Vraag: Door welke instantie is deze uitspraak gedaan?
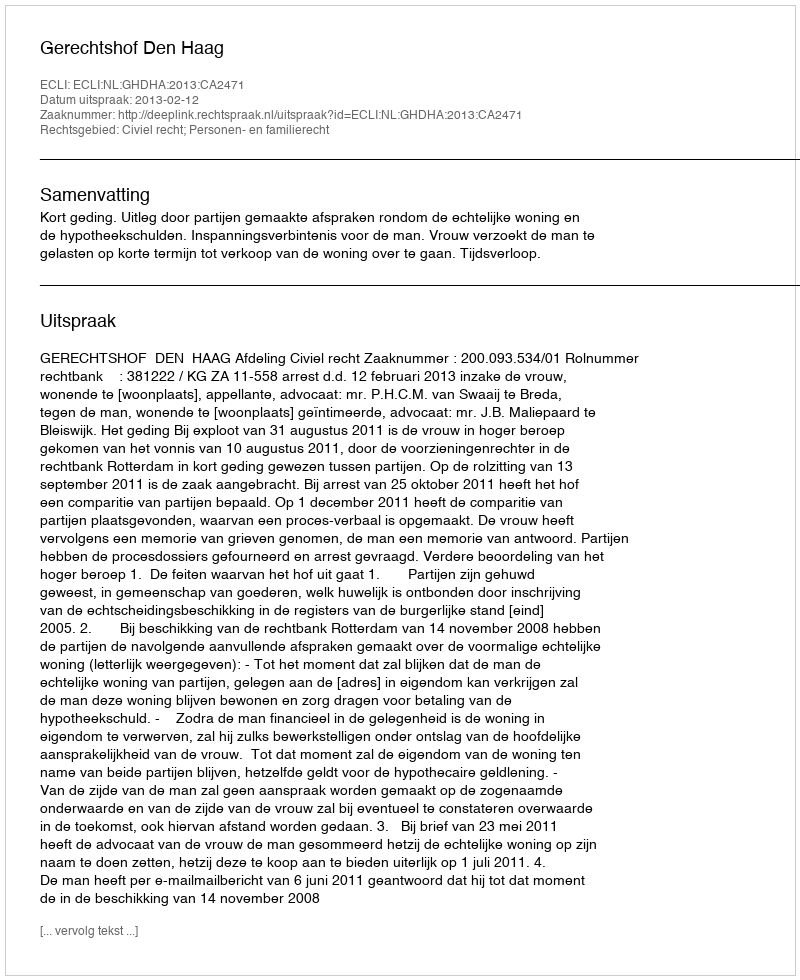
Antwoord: Gerechtshof Den Haag